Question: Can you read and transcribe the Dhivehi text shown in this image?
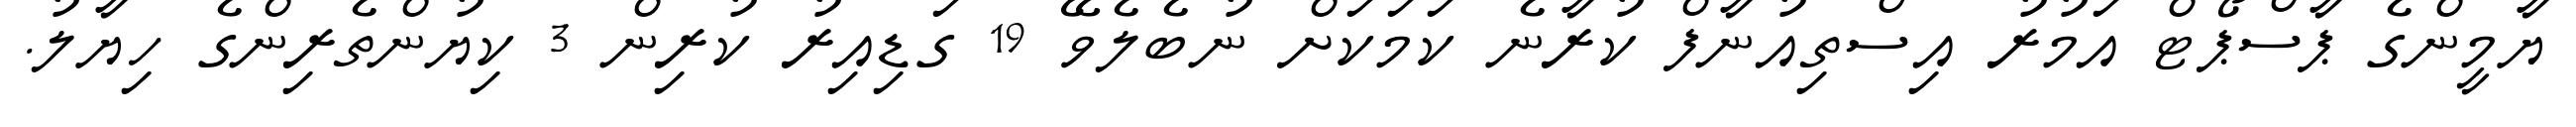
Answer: ޔާމީންގެ ޕާސްޕޯޓް އަމުރު އިސްތިއުނާފް ކުރާނެ ކަމަކަށް ނުބެލެވޭ 19 ގަޑިއިރު ކުރިން 3 ކިޔުންތެރިންގެ ހިޔާލު.